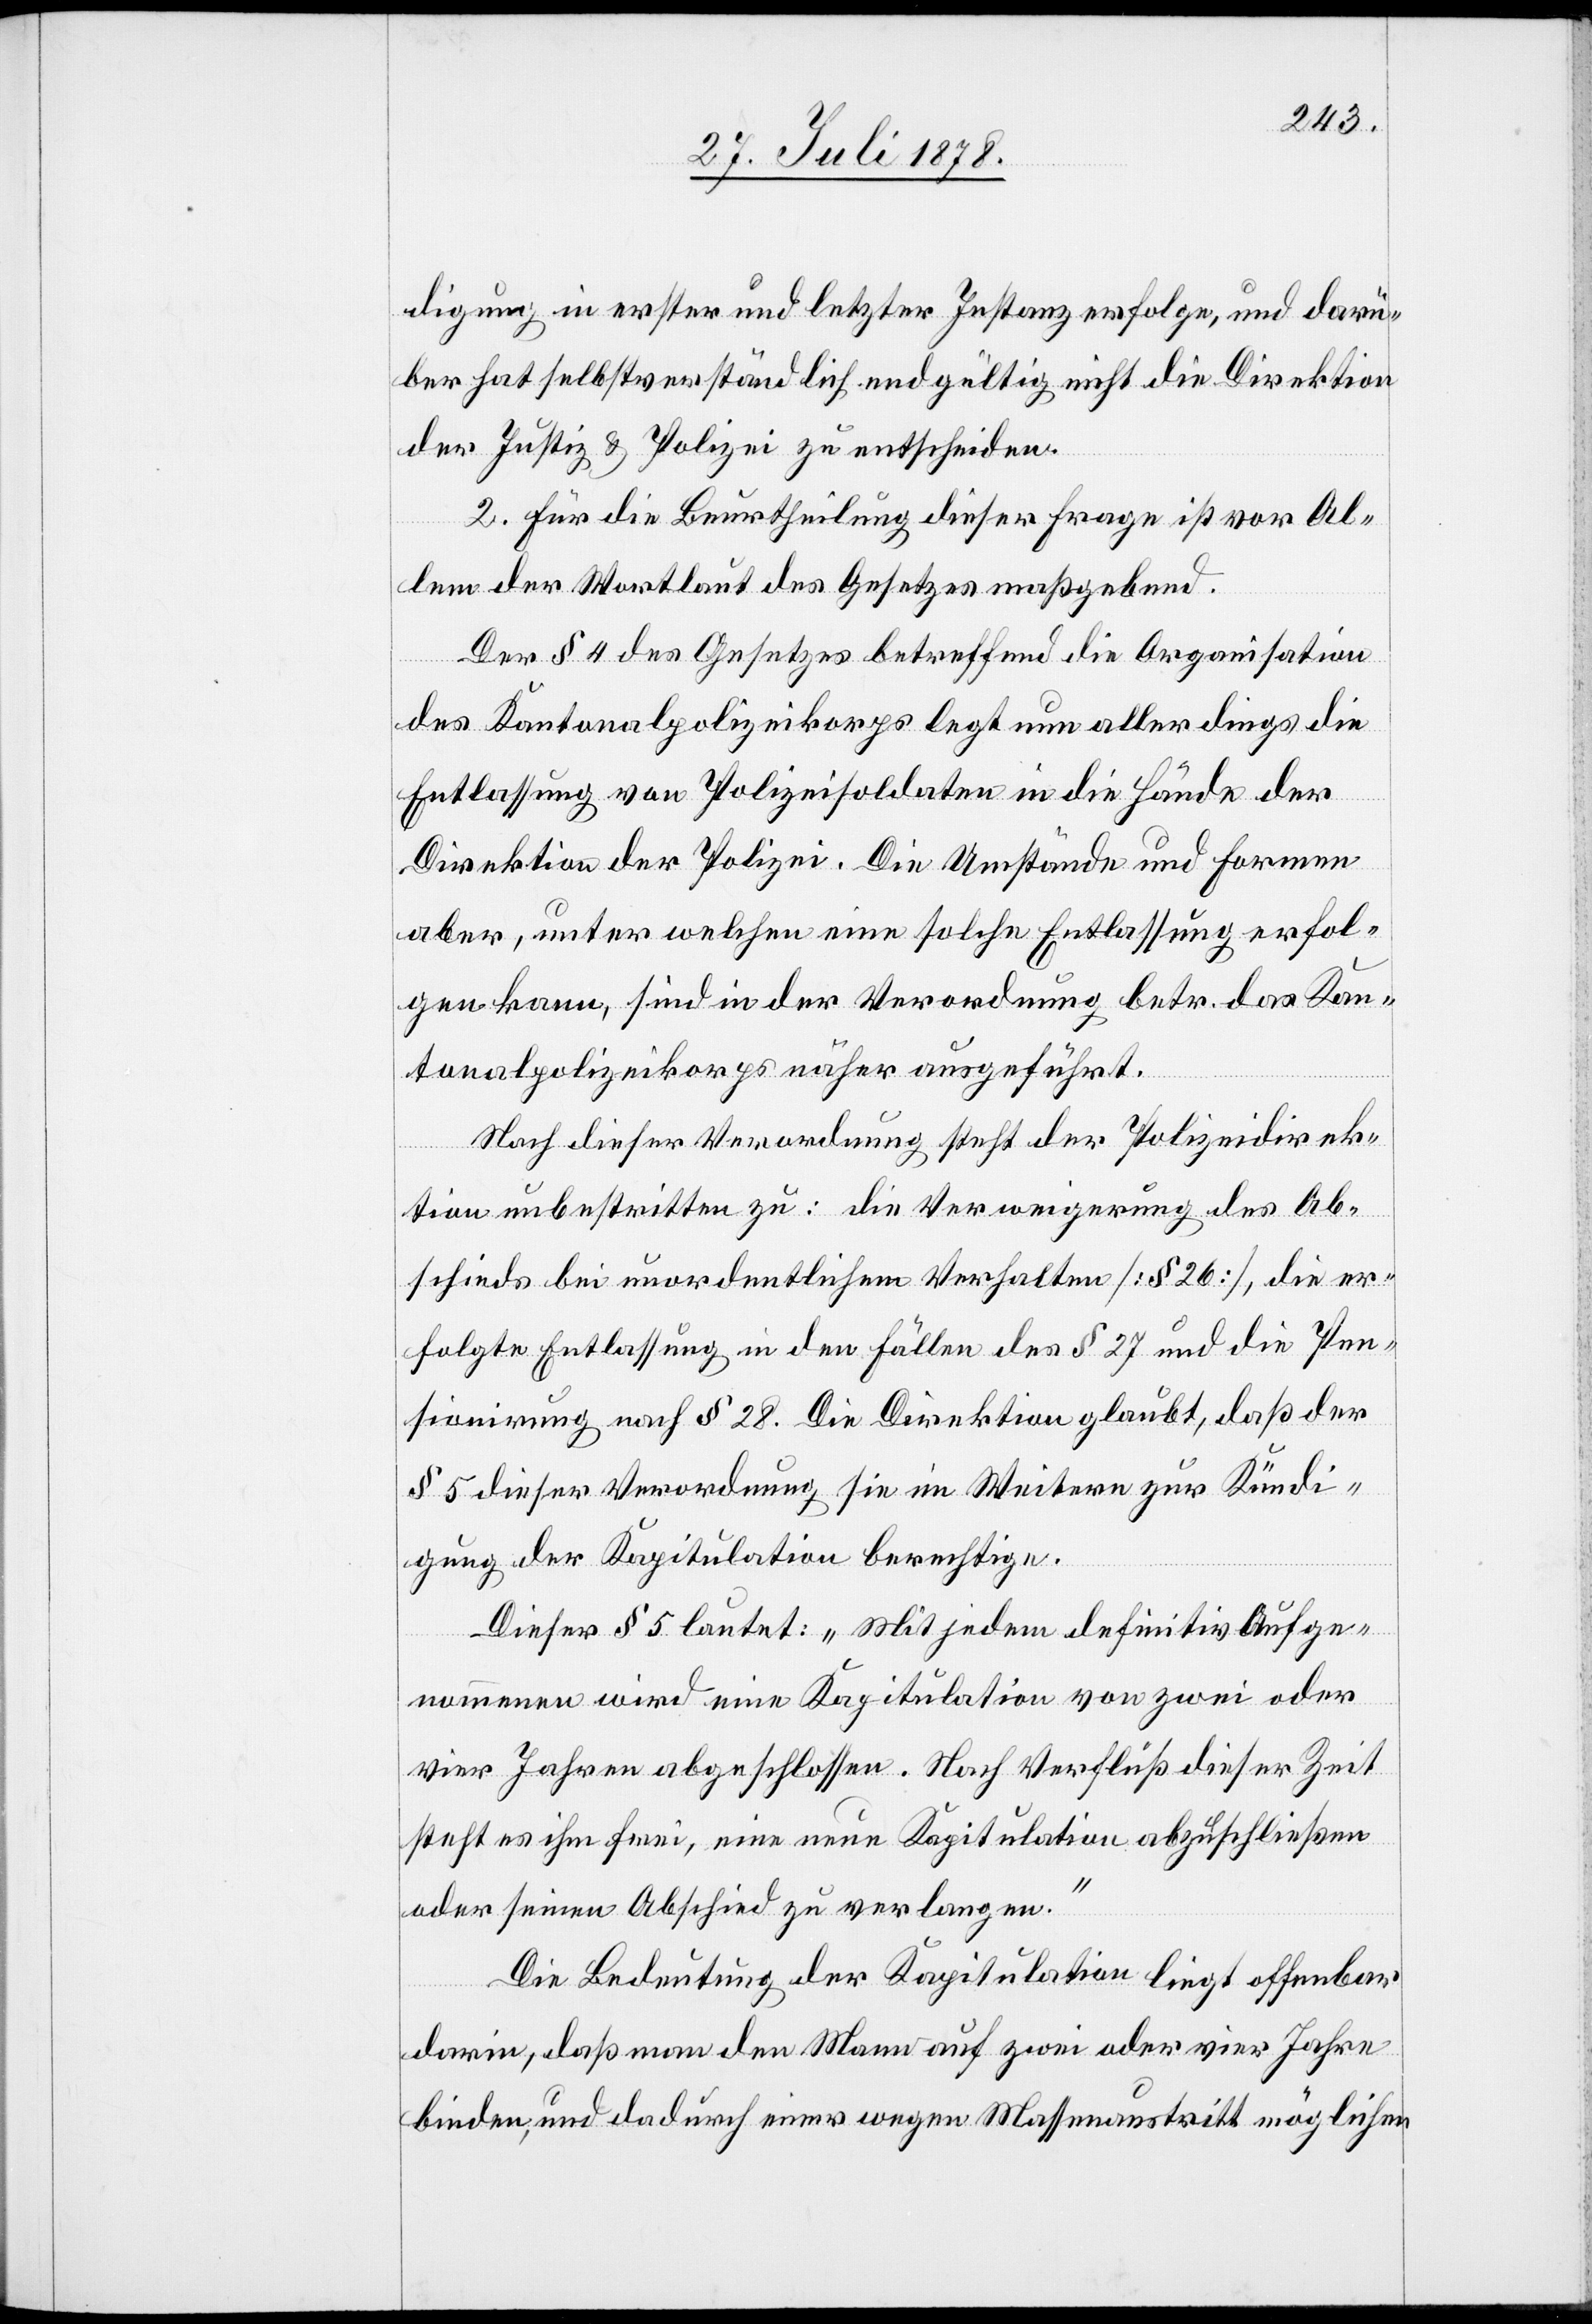
digung in erster und letzter Instanz erfolge, und darü¬
ber hat selbstverständlich endgültig nicht die Direktion
der Justiz & Polizei zu entscheiden.
2. Für die Beurtheilgung dieser Frage ist vor Al¬
lem der Wortlaut des Gesetzes maßgebend.
Der § 4 des Gesetzes betreffend die Organisation
des Kantonalpolizeikorps legt nun allerdings die
Entlassung von Polizeisoldaten in die Hände der
Direktion der Polizei. Die Umstände und Formen
aber, unter welchen eine solche Entlassung erfol¬
gen kann, sind in der Verordnung betr. das Kan¬
tonalpolizeikorps näher ausgeführt.
Nach dieser Verordnung steht der Polizeidirek¬
tion unbestritten zu: die Verweigerung des Ab¬
schieds bei unordentlichen Verhalten [§ 26], die er¬
folgte Entlassung in den Fällen des § 27 und die Pen¬
sionirung nach § 28. Die Direktion glaubt, daß der
§ 5 dieser Verordnung sie im Weitern zur Kündi¬
gung der Kapitulation berechtige.
Dieser § 5 lautet: „Mit jedem definitiv Aufge¬
nommenen wird eine Kapitulation von zwei oder
vier Jahren abgeschlossen. Nach Verfluß dieser Zeit
steht es ihm frei, eine neue Kapitulation abzuschließen
oder seinen Abschied zu verlangen.“
Die Bedeutung der Kapitulation liegt offenbar
darin, daß man den Mann auf zwei oder vier Jahre
binden, und dadurch einer wegen Massenaustritt möglichen